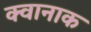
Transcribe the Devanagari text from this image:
क्वानाक